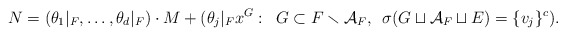
\begin{align*}N = (\theta_1|_F,\ldots,\theta_{d}|_F) \cdot M + (\theta_{j}|_{F} x^G: \enskip G \subset F \smallsetminus \mathcal{A}_F, \enskip \sigma(G \sqcup \mathcal{A}_F \sqcup E) = \{v_j\}^c).\end{align*}